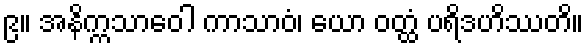
၉။ အနိက္ကသာဝေါ ကာသာဝံ၊ ယော ဝတ္ထံ ပရိဒဟိဿတိ။